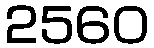
2560